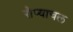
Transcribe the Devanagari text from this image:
रौप्याचल